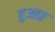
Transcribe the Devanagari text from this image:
हुआ॥